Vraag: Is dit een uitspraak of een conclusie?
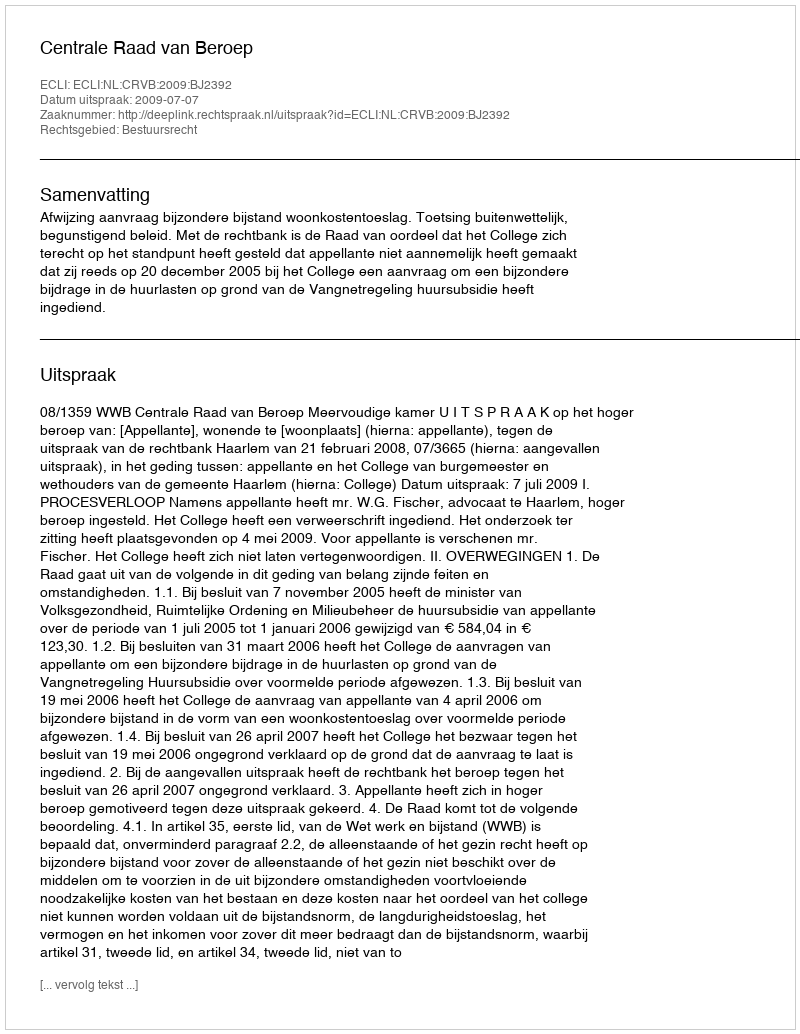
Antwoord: Uitspraak